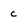
Character: c